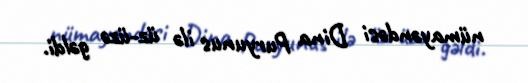
nümayəndəsi Dina Puryunus ilə üz-üzə gəldi.